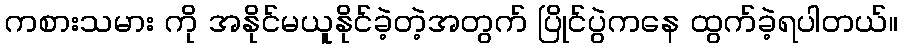
ကစားသမား ကို အနိုင်မယူနိုင်ခဲ့တဲ့အတွက် ပြိုင်ပွဲကနေ ထွက်ခဲ့ရပါတယ်။